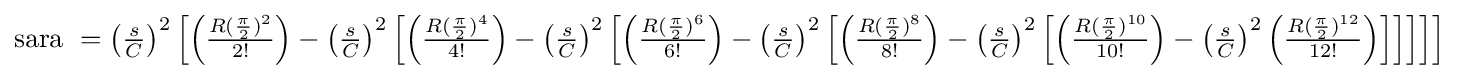
{\textstyle {\text{sara }}=\left({\frac {s}{C}}\right)^{2}\left[\left({\frac {R({\frac {\pi }{2}})^{2}}{2!}}\right)-\left({\frac {s}{C}}\right)^{2}\left[\left({\frac {R({\frac {\pi }{2}})^{4}}{4!}}\right)-\left({\frac {s}{C}}\right)^{2}\left[\left({\frac {R({\frac {\pi }{2}})^{6}}{6!}}\right)-\left({\frac {s}{C}}\right)^{2}\left[\left({\frac {R({\frac {\pi }{2}})^{8}}{8!}}\right)-\left({\frac {s}{C}}\right)^{2}\left[\left({\frac {R({\frac {\pi }{2}})^{10}}{10!}}\right)-\left({\frac {s}{C}}\right)^{2}\left({\frac {R({\frac {\pi }{2}})^{12}}{12!}}\right)\right]\right]\right]\right]\right]}